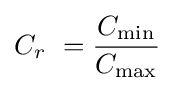
C_{r}\ ={\frac {C_{\mathrm {min} }}{C_{\mathrm {max} }}}